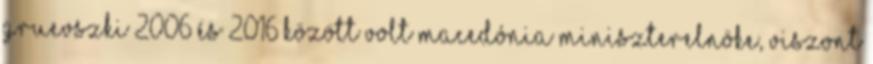
Gruevszki 2006 és 2016 között volt Macedónia miniszterelnöke, viszont